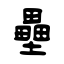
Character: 壘